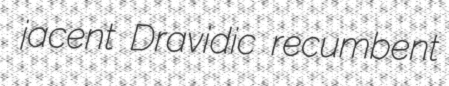
jacent Dravidic recumbent